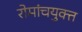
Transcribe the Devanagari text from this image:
रोमांचयुक्त